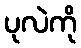
ပုလဲကို